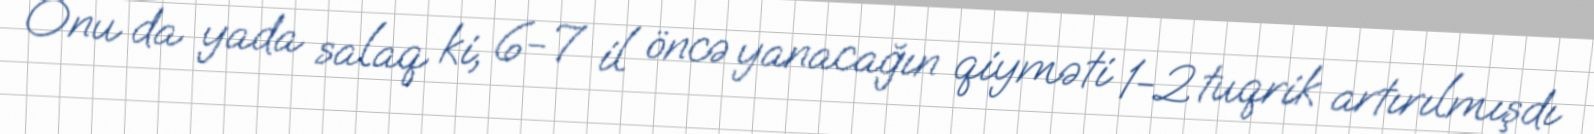
Onu da yada salaq ki, 6-7 il öncə yanacağın qiyməti 1-2 tuqrik artırılmışdı